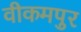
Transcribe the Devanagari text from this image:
वीकमपुर